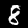
Digit: 8